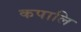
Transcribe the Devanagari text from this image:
कपालि